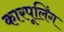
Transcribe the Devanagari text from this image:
कारपूलिंग